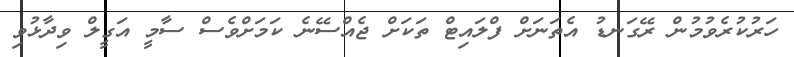
ހަރުކުރެވުމުން ރޭގަނޑު އެތަނަށް ފްލައިޓް ތަކަށް ޖެއްސޭނެ ކަމަށްވެސް ސާމީ އަގީލް ވިދާޅުވި